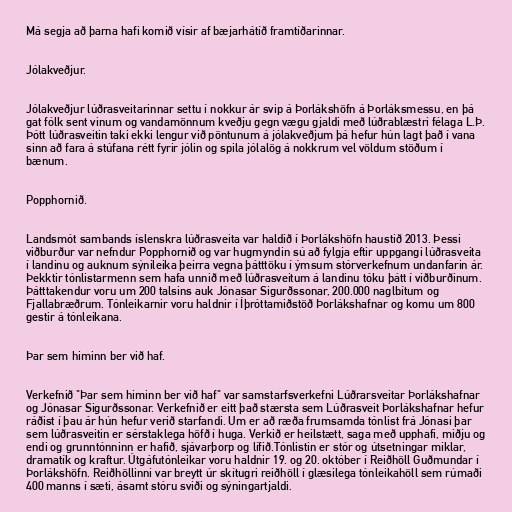
Má segja að þarna hafi komið vísir af bæjarhátíð framtíðarinnar.

Jólakveðjur.

Jólakveðjur lúðrasveitarinnar settu í nokkur ár svip á Þorlákshöfn á Þorláksmessu, en þá
gat fólk sent vinum og vandamönnum kveðju gegn vægu gjaldi með lúðrablæstri félaga L.Þ.
Þótt lúðrasveitin taki ekki lengur við pöntunum á jólakveðjum þá hefur hún lagt það í vana
sinn að fara á stúfana rétt fyrir jólin og spila jólalög á nokkrum vel völdum stöðum í
bænum.

Popphornið.

Landsmót sambands íslenskra lúðrasveita var haldið í Þorlákshöfn haustið 2013. Þessi
viðburður var nefndur Popphornið og var hugmyndin sú að fylgja eftir uppgangi lúðrasveita
í landinu og auknum sýnileika þeirra vegna þátttöku í ýmsum stórverkefnum undanfarin ár.
Þekktir tónlistarmenn sem hafa unnið með lúðrasveitum á landinu tóku þátt í viðburðinum.
Þátttakendur voru um 200 talsins auk Jónasar Sigurðssonar, 200.000 naglbítum og
Fjallabræðrum. Tónleikarnir voru haldnir í Íþróttamiðstöð Þorlákshafnar og komu um 800
gestir á tónleikana.

Þar sem himinn ber við haf.

Verkefnið "Þar sem himinn ber við haf" var samstarfsverkefni Lúðrarsveitar Þorlákshafnar
og Jónasar Sigurðssonar. Verkefnið er eitt það stærsta sem Lúðrasveit Þorlákshafnar hefur
ráðist í þau ár hún hefur verið starfandi. Um er að ræða frumsamda tónlist frá Jónasi þar
sem lúðrasveitin er sérstaklega höfð í huga. Verkið er heilstætt, saga með upphafi, miðju og
endi og grunntónninn er hafið, sjávarþorp og lífið.Tónlistin er stór og útsetningar miklar,
dramatík og kraftur. Útgáfutónleikar voru haldnir 19. og 20. október í Reiðhöll Guðmundar í
Þorlákshöfn. Reiðhöllinni var breytt úr skítugri reiðhöll í glæsilega tónleikahöll sem rúmaði
400 manns í sæti, ásamt stóru sviði og sýningartjaldi.